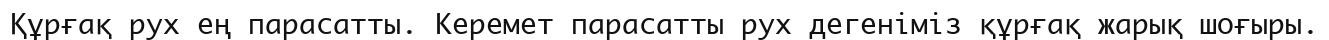
Құрғақ рух ең парасатты. Керемет парасатты рух дегеніміз құрғақ жарық шоғыры.